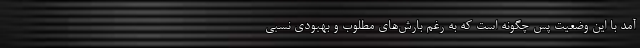
آمد با اين وضعيت پس چگونه است كه به ‌رغم بارش‌هاي مطلوب و بهبودي نسبي